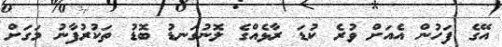
އޭގެ ފަހުން އެއަށް ވުރެ ކުޑަ ރާޅެއްގެ ލޮނުގަނޑު ބޮޑު ތަކުރުފާނު މަގަށް